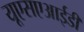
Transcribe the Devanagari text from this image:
यूएसएआईडी